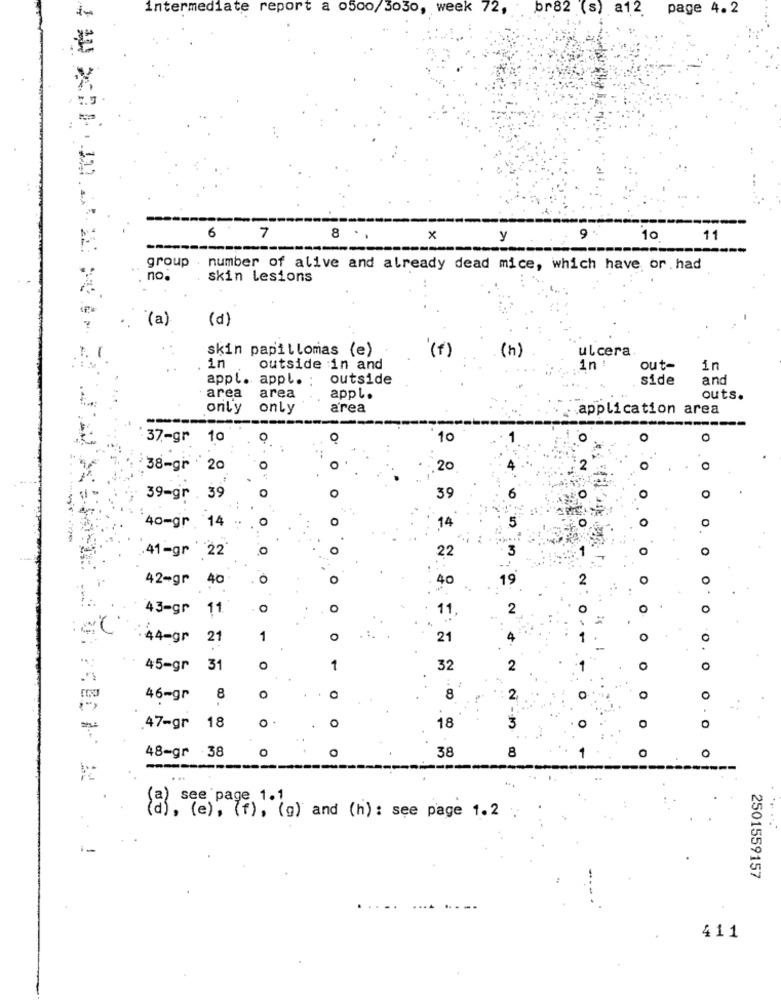
intermediate report a 0500/3030, week 72,
br82 (s) a12 page 4.2
6
7
8 ..
x
y
9
10
11
group . number of alive and already dead mice, which have or. had
no.
skin lesions
(a)
(d)
skin papillomas (e)
( f)
ulcera
(h)
in
outside in and
.in !
out-
in
appl. appl. :
outside
side
and
area
area
appl.
outs.
only
only
area
application area
37-gr 10
10
38-gr 20
20
O
39-gr 39
39
5
0
40-gr 14
41-gr '22
0
O
22
42-gr 40
40
O
43-gr 11
o
O
.44-gr 21
1
o
21
O
0
45-gr
31
o
1
32
46-gr
8
O
8
2
O
0
3
47-gr 18
18
O
O
38
8
O
0
48-gr .38
--
see page 1.1
(d), (e), (f), (g) and (h) : see page 1.2
i_
2501559157
411